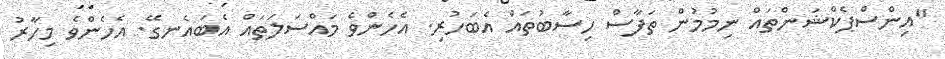
"އިންސްޕެކްޝަންތައް ނިމުމުން ތަފާސް ހިސާބުތައް އެބަހުރި. އެހެންވެ މައްސަލަތައް އެބައެނގޭ. އެހެންވެ މިހާރު